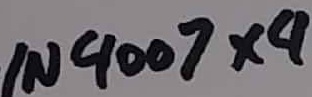
Text: IN4007×4